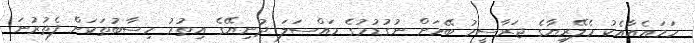
ހަމައެއާއެކު މެލޭރިޔާގެ ޖަރާސީމު ބޭހަށް ނުގުޑުމުގެ މައްސަލަ ދުނިޔޭގެ އިތުރު ހިސާބުތަކަށް ފެތުރުނަ